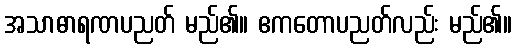
အသာဓာရဏပညတ် မည်၏။ ဧကတောပညတ်လည်း မည်၏။